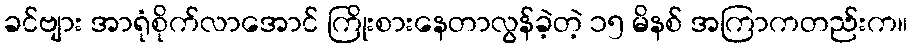
ခင်ဗျား အာရုံစိုက်လာအောင် ကြိုးစားနေတာလွန်ခဲ့တဲ့ ၁၅ မိနစ် အကြာကတည်းက။